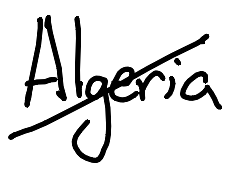
Text: Algeria
Cross-out: diagonal
Writing tool: digital_black